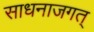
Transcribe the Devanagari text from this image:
साधनाजगत्